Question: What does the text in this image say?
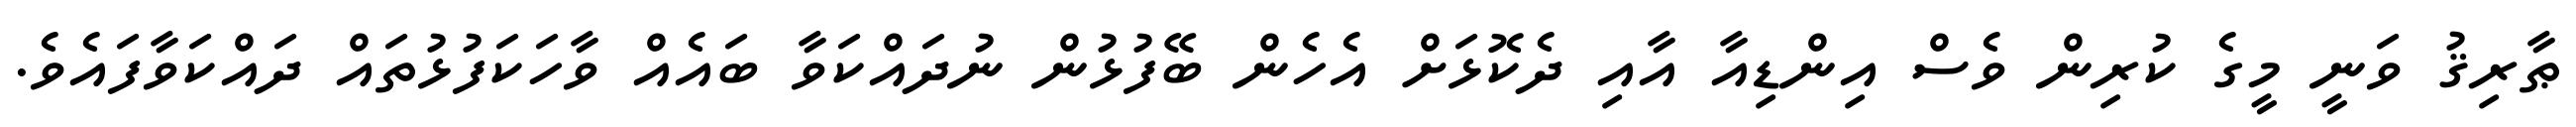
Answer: ޠާރިޤު ވަނީ މީގެ ކުރިން ވެސް އިންޑިއާ އާއި ދެކޮޅަށް އެހެން ބޭފުޅުން ނުދައްކަވާ ބައެއް ވާހަކަފުޅުތައް ދައްކަވާފައެވެ.